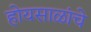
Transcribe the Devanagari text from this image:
होयसाळांचे